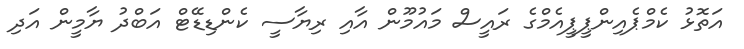
އަތޮޅު ކެމްޕެއިންޕީޕީއެމްގެ ރައީސް މައުމޫން އާއި ރިޔާސީ ކެންޑިޑޭޓް އަބްދު ޔާމީން އަދި